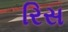
રિસ